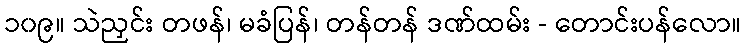
၁၀၉။ သဲညှင်း တဖန်၊ မခံပြန်၊ တန်တန် ဒဏ်ထမ်း - တောင်းပန်လော။